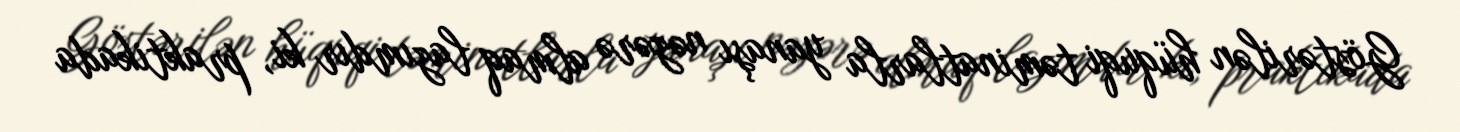
Göstərilən hüquqi təminatlarla yanaşı nəzərə almaq lazımdır ki, praktikada